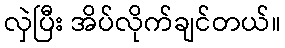
လှဲပြီး အိပ်လိုက်ချင်တယ်။